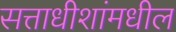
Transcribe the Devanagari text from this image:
सत्ताधीशांमधील